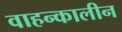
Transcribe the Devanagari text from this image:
वाहन्कालीन